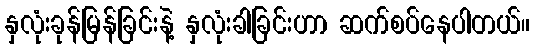
နှလုံးခုန်မြန်ခြင်းနဲ့ နှလုံးခါခြင်းဟာ ဆက်စပ်နေပါတယ်။